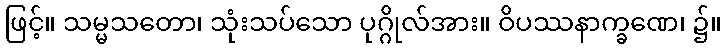
ဖြင့်။ သမ္မသတော၊ သုံးသပ်သော ပုဂ္ဂိုလ်အား။ ဝိပဿနာက္ခဏေ၊ ၌။